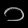
Digit: ၁